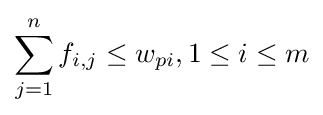
\sum _{j=1}^{n}{f_{i,j}}\leq w_{pi},1\leq i\leq m